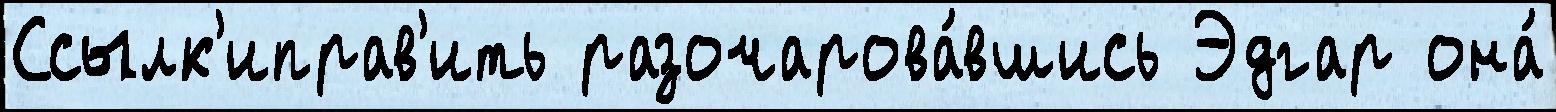
Ссылк'иправ'ить разочарова́вшись Эдгар она́